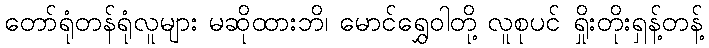
တော်ရုံတန်ရုံလူများ မဆိုထားဘိ၊ မောင်ရွှေဝါတို့ လူစုပင် ရှိုးတိုးရှန့်တန့်